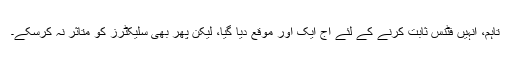
تاہم، اُنہیں فٹنس ثابت کرنے کے لئے آج ایک اور موقع دیا گیا، لیکن پھر بھی سلیکٹرز کو متاثر نہ کرسکے۔